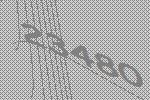
23480